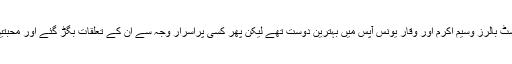
پاکستان کے دو لیجنڈ فاسٹ بالرز وسیم اکرم اور وقار یونس آپس میں بہترین دوست تھے لیکن پھر کسی پراسرار وجہ سے ان کے تعلقات بگڑ گئے اور محبتیں رقابتوں میں بدل گئیں۔